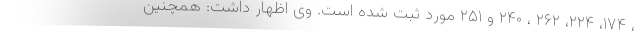
، ۱۷۴، ۲۲۴، ۲۶۲ ، ۲۴۰ و ۲۵۱ مورد ثبت شده است. وی اظهار داشت: همچنین